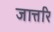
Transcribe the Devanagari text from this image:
जात्तरि